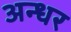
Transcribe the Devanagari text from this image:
अन्धर